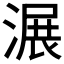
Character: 𣺹